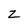
Character: z